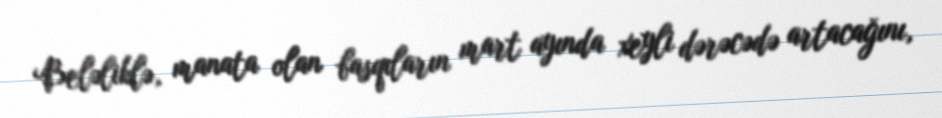
Beləliklə, manata olan basqıların mart ayında xeyli dərəcədə artacağını,